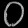
Digit: ၀